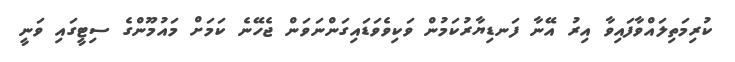
ކުރިމަތިލައްވާފައިވާ އިރު އޭނާ ފަނޑިޔާރުކަމުން ވަކިވެވަޑައިގަންނަވަން ޖެހޭނެ ކަމަށް މައުމޫންގެ ސިޓީގައި ވަނީ